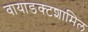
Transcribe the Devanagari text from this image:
वायाडक्टशामिल